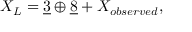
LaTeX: X _ { L } = \underline { { { 3 } } } \oplus \underline { { { 8 } } } + X _ { o b s e r v e d } ,